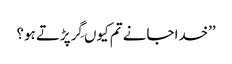
’’خدا جانے تم کیوں گِرپڑتے ہو؟